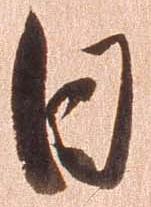
日